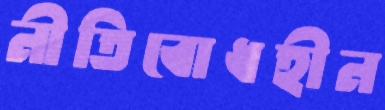
নীতিবোধহীন